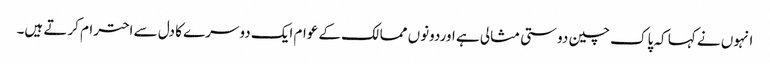
انہوں نے کہا کہ پاک چین دوستی مثالی ہے اوردونوں ممالک کے عوام ایک دوسرے کا دل سے احترام کرتے ہیں۔